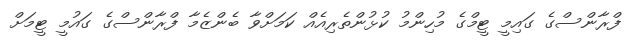
ފްރާންސްގެ ގައިމީ ޓީމްގެ މުހިންމު ކުޅުންތެރިއެއް ކަމަށްވާ ބެންޒެމާ ފްރާންސްގެ ގައުމީ ޓީމަށް